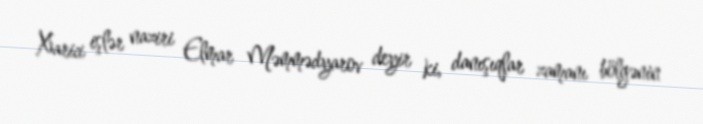
Xarici işlər naziri Elmar Məmmədyarov deyir ki, danışıqlar zamanı bölgənin